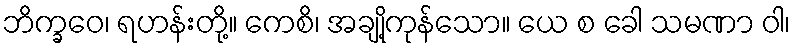
ဘိက္ခဝေ၊ ရဟန်းတို့။ ကေစိ၊ အချို့ကုန်သော။ ယေ စ ခေါ သမဏာ ဝါ၊